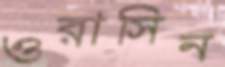
ওরাসিন